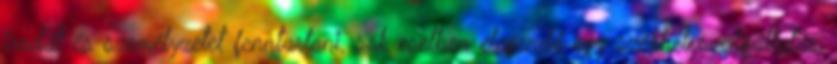
irodát és személyzetet fenntartani, sok esetben elegendő egy székhelyszolgáltatás,